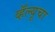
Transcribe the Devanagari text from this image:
व्हॅल्यूचा